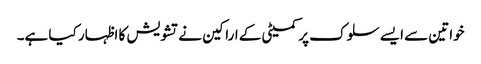
خواتین سے ایسے سلوک پر کمیٹی کے اراکین نے تشویش کا اظہار کیا ہے۔